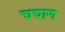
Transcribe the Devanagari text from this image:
चचाण